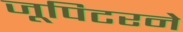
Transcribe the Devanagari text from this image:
जूपिटरने